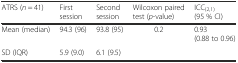
<table><thead><tr><td><b>ATRS (<i>n</i> = 41)</b></td><td><b>First session</b></td><td><b>Second session</b></td><td><b>Wilcoxon paired test (<i>p</i>-value)</b></td><td><b>ICC<sub>(2,1)</sub> (95 % CI)</b></td></tr></thead><tbody><tr><td>Mean (median)</td><td>94.3 (96)</td><td>93.8 (95)</td><td>0.2</td><td>0.93 (0.88 to 0.96)</td></tr><tr><td>SD (IQR)</td><td>5.9 (9.0)</td><td>6.1 (9.5)</td><td></td><td></td></tr></tbody></table>